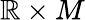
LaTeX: \mathbb{R}\times M